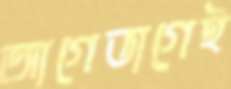
আগেভাগেই